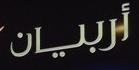
أربين